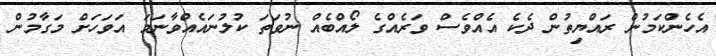
އެހެންކަމުން ރައްޔިތުން ދެކެ އެއްވެސް ވަރެއްގެ ލޯއްބެއް ނުވަތަ ކުލުނައެއްވާނަމަ އަވަހަށް މަގާމުން